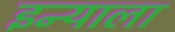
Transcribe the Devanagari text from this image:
इन्याला